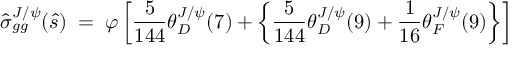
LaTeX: \hat { \sigma } _ { g g } ^ { J / \psi } ( \hat { s } ) \; = \; \varphi \left[ { \frac { 5 } { 1 4 4 } } \theta _ { D } ^ { J / \psi } ( 7 ) + \left\{ { \frac { 5 } { 1 4 4 } } \theta _ { D } ^ { J / \psi } ( 9 ) + { \frac { 1 } { 1 6 } } \theta _ { F } ^ { J / \psi } ( 9 ) \right\} \right]